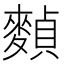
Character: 𪍕